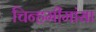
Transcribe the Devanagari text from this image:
चिन्हमीमांसा